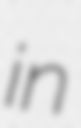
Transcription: in